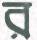
র